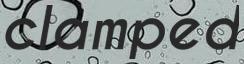
clamped